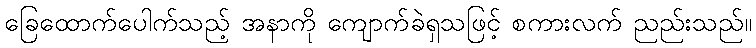
ခြေထောက်ပေါက်သည့် အနာကို ကျောက်ခဲရှသဖြင့် စကားလက် ညည်းသည်။